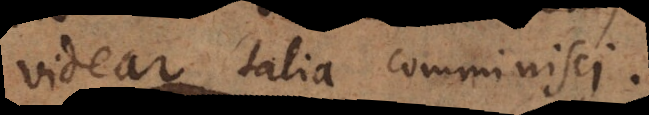
videar talia comminisci.